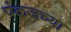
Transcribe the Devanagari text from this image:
पंकजच्या